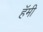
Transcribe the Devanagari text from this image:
हॅमी